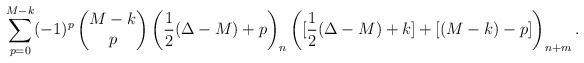
\begin{align*}\sum_{p=0}^{M-k} (-1)^p\begin{pmatrix} M-k \\ p \end{pmatrix} \biggl(\frac{1}{2}(\Delta-M)+p \biggr)_n\, \biggl([\frac{1}{2}(\Delta-M)+k] + [(M-k)-p] \biggr)_{n+m} \, .\end{align*}